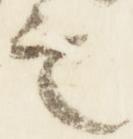
言